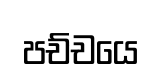
පච්චයෙ